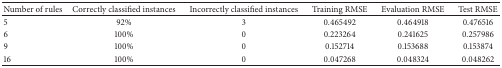
<table><thead><tr><td><b>Number of rules</b></td><td><b>Correctly classified instances</b></td><td><b>Incorrectly classified instances</b></td><td><b>Training RMSE </b></td><td><b>Evaluation RMSE </b></td><td><b>Test RMSE</b></td></tr></thead><tbody><tr><td>5</td><td>92%</td><td>3</td><td>0.465492</td><td>0.464918</td><td>0.476516</td></tr><tr><td>6</td><td>100%</td><td>0</td><td>0.223264</td><td>0.241625</td><td>0.257986</td></tr><tr><td>9</td><td>100%</td><td>0</td><td>0.152714</td><td>0.153688</td><td>0.153874</td></tr><tr><td>16</td><td>100%</td><td>0</td><td>0.047268</td><td>0.048324</td><td>0.048262</td></tr></tbody></table>